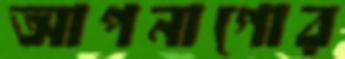
আপনাগোর